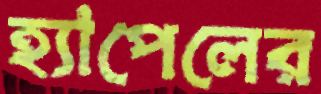
হ্যাপেলের